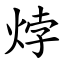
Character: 㶿